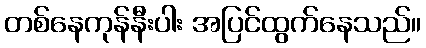
တစ်နေကုန်နီးပါး အပြင်ထွက်နေသည်။